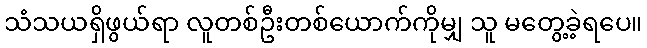
သံသယရှိဖွယ်ရာ လူတစ်ဦးတစ်ယောက်ကိုမျှ သူ မတွေ့ခဲ့ရပေ။